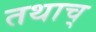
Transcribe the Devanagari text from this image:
तथाच्